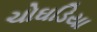
ચોઘડિયા